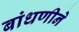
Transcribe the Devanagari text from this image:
बांधणीने